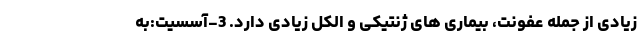
زیادی از جمله عفونت، بیماری های ژنتیکی و الکل زیادی دارد. 3-آسسیت:به